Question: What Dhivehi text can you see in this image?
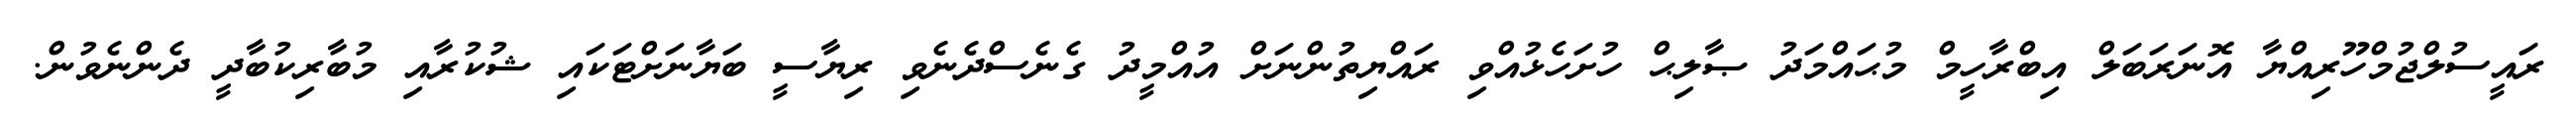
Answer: ރައީސުލްޖުމްހޫރިއްޔާ އޮނަރަބަލް އިބްރާހީމް މުޙައްމަދު ޞާލިޙް ހުށަހެޅުއްވި ރައްޔިތުންނަށް އުއްމީދު ގެނެސްދެނެވި ރިޔާސީ ބަޔާނަށްޓަކައި ޝުކުރާއި މުބާރިކުބާދީ ދެންނެވުން.